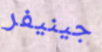
جينيفر